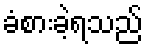
ခံစားခဲ့ရသည်